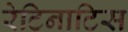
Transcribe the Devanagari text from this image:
रेटिनाटिस